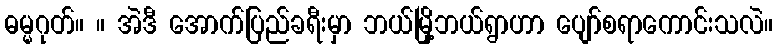
ဓမ္မဂုတ်။ ။ အဲဒီ အောက်ပြည်ခရီးမှာ ဘယ်မြို့ဘယ်ရွာဟာ ပျော်စရာကောင်းသလဲ။